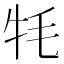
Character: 牦